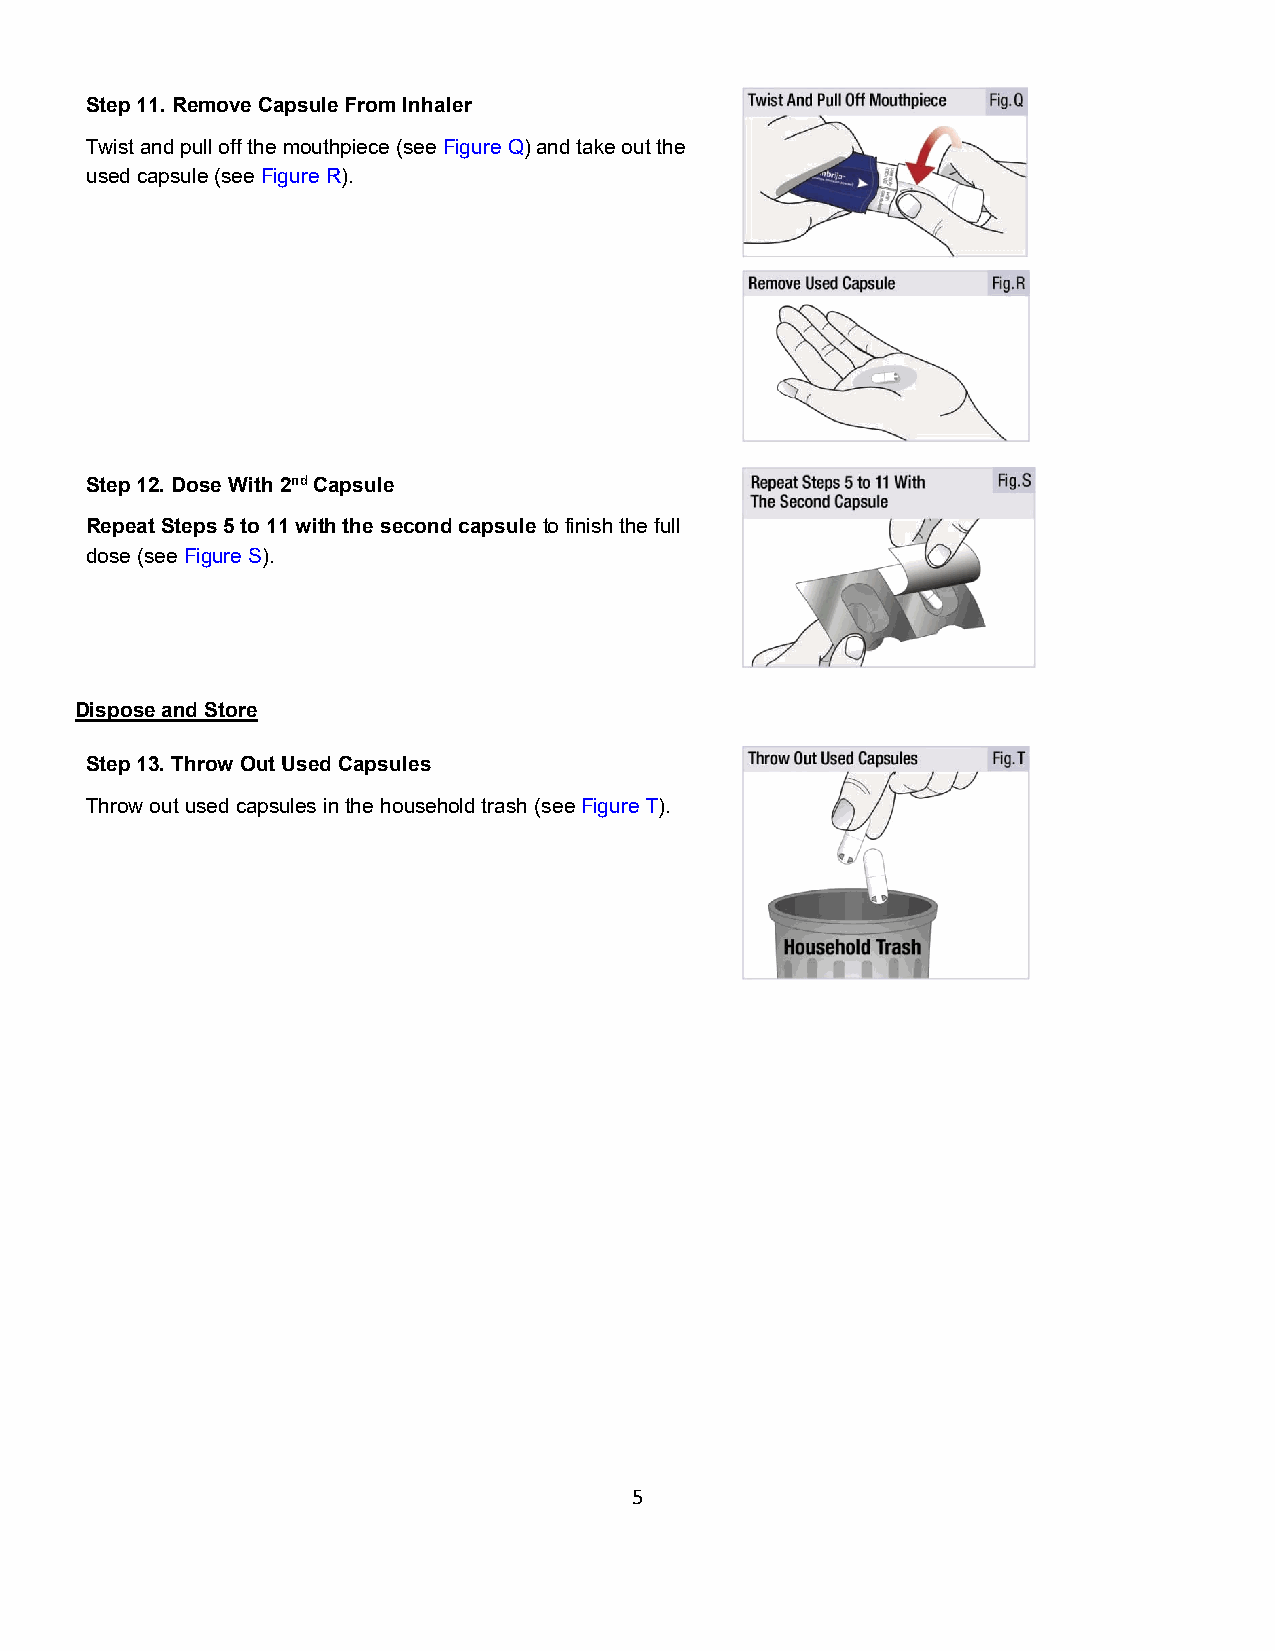
Step 11. Remove Capsule From Inhaler
 Twist and pull off the mouthpiece (see Figure Q) and take out the
 used capsule (see Figure R).
 Step 12. Dose With 2nd Capsule
 Repeat Steps 5 to 11 with the second capsule to finish the full
 dose (see Figure S).
 Dispose and Store
 Step 13. Throw Out Used Capsules
 Throw out used capsules in the household trash (see Figure T).
 5